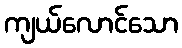
ကျယ်လောင်သော